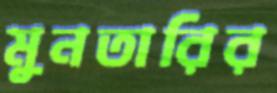
মুনতারির